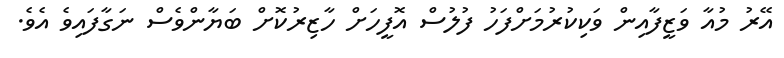
އޭރު މުއާ ވަޒީފާއިން ވަކިކުރުމަށްފަހު ފުލުސް އޮފީހަށް ހާޒިރުކޮށް ބަޔާންވެސް ނަގާފައިވެ އެވެ.